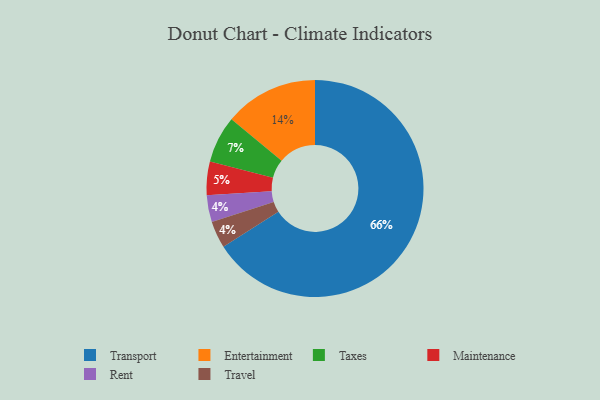
{"axis": {"x": "Category", "y": "Percentage"}, "legend": ["Entertainment", "Maintenance", "Rent", "Taxes", "Transport", "Travel"], "data": [{"x": "Maintenance", "y": 5, "type": "Maintenance"}, {"x": "Rent", "y": 4, "type": "Rent"}, {"x": "Transport", "y": 66, "type": "Transport"}, {"x": "Travel", "y": 4, "type": "Travel"}, {"x": "Taxes", "y": 7, "type": "Taxes"}, {"x": "Entertainment", "y": 14, "type": "Entertainment"}]}